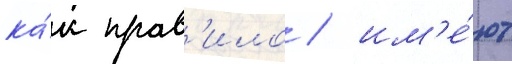
ка́к прав'ило / им'е́ют